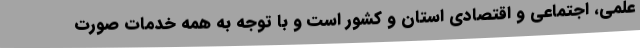
علمی، اجتماعی و اقتصادی استان و کشور است و با توجه به همه خدمات صورت